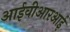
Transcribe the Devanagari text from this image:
आईवीआरआई